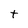
Character: t